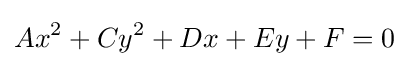
Ax^{2}+Cy^{2}+Dx+Ey+F=0